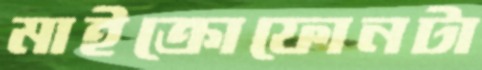
মাইক্রোফোনটা